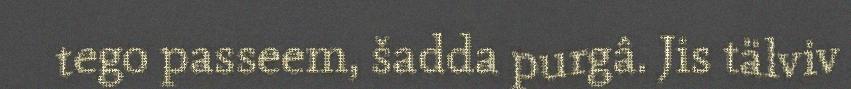
tego passeem, šadda purgâ. Jis tälviv